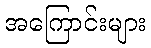
အကြောင်းများ